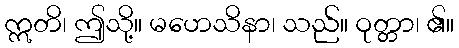
ဣတိ၊ ဤသို့။ မဟေသိနာ၊ သည်။ ဝုတ္တာ၊ ၏။